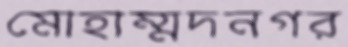
মোহাম্মদনগর